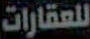
للعقارات